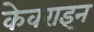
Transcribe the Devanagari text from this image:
केवराइन